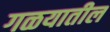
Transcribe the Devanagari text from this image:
गळयातील